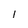
Character: 1